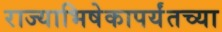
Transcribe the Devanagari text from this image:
राज्याभिषेकापर्यंतच्या